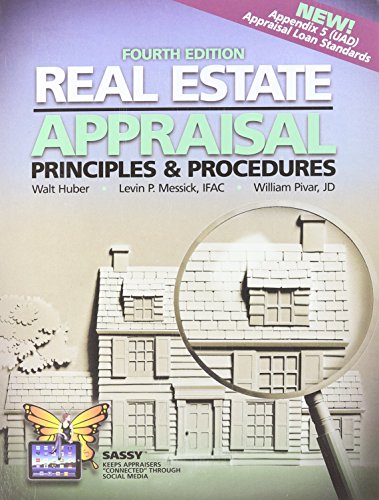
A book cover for Real Estate Appraisal Principles and Procedures; Walt Huber; Business & Money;